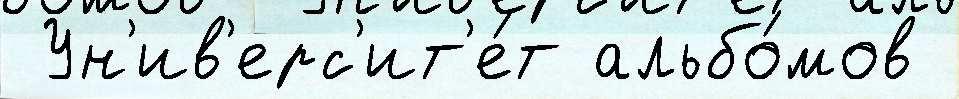
 Ун'ив'ерс'ит'е́т альбо́мов